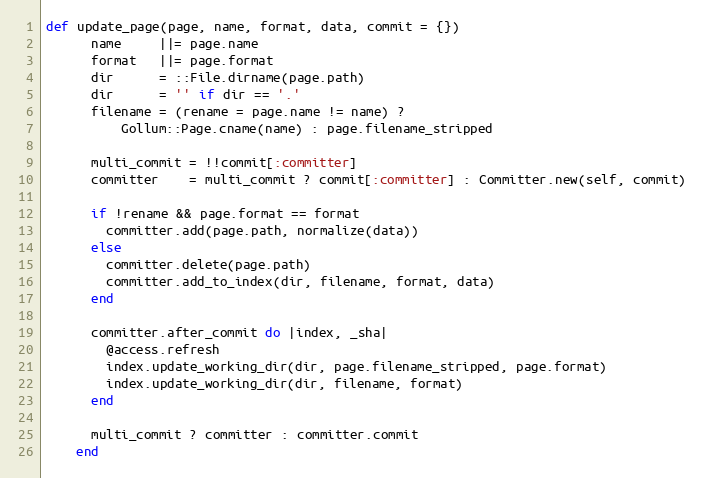
Language: Ruby
def update_page(page, name, format, data, commit = {})
      name     ||= page.name
      format   ||= page.format
      dir      = ::File.dirname(page.path)
      dir      = '' if dir == '.'
      filename = (rename = page.name != name) ?
          Gollum::Page.cname(name) : page.filename_stripped

      multi_commit = !!commit[:committer]
      committer    = multi_commit ? commit[:committer] : Committer.new(self, commit)

      if !rename && page.format == format
        committer.add(page.path, normalize(data))
      else
        committer.delete(page.path)
        committer.add_to_index(dir, filename, format, data)
      end

      committer.after_commit do |index, _sha|
        @access.refresh
        index.update_working_dir(dir, page.filename_stripped, page.format)
        index.update_working_dir(dir, filename, format)
      end

      multi_commit ? committer : committer.commit
    end